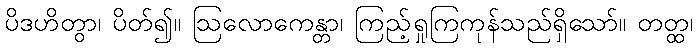
ပိဒဟိတွာ၊ ပိတ်၍။ ဩလောကေန္တာ၊ ကြည့်ရှုကြကုန်သည်ရှိသော်။ တတ္ထ၊